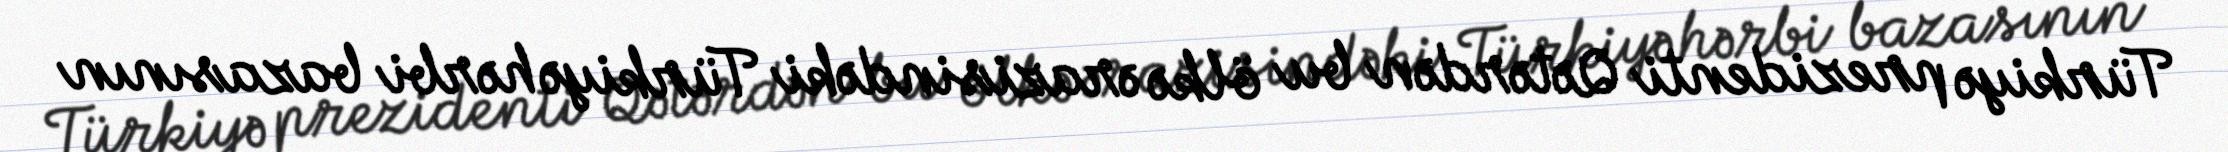
Türkiyə prezidenti Qətərdən bu ölkə ərazisindəki Türkiyə hərbi bazasının